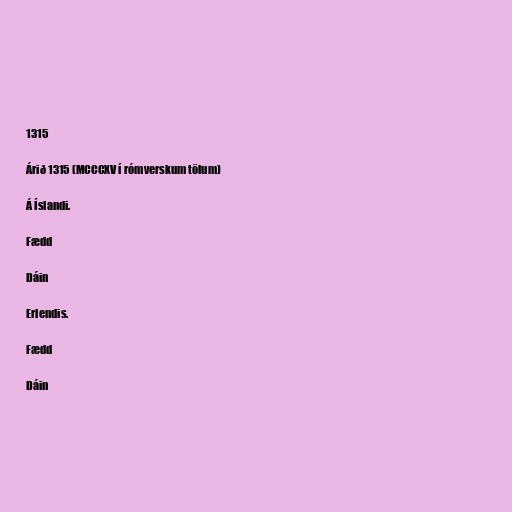
1315

Árið 1315 (MCCCXV í rómverskum tölum)

Á Íslandi.

Fædd

Dáin

Erlendis.

Fædd

Dáin